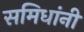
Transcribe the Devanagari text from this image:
समिधांनीं